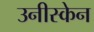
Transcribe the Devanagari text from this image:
उनीस्केन